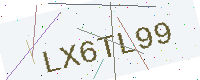
Text: LX6TL99